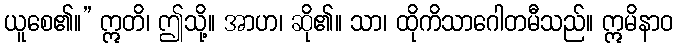
ယူစေ၏။” ဣတိ၊ ဤသို့။ အာဟ၊ ဆို၏။ သာ၊ ထိုကိသာဂေါတမီသည်။ ဣမိနာဝ